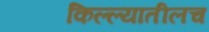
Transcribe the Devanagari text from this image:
किल्ल्यातीलच